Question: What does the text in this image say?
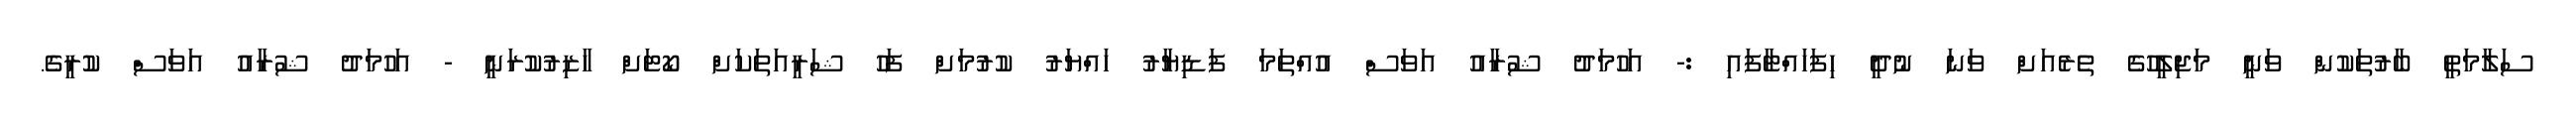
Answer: ސަލާމަތީ ބާރުތަކުން ވަނީ މަޖިލީހުގެ ތެރެއަށް ވަނަ ނުދީ ހިފަހައްޓާފައި :- އަހުމަދު ޝުރާއު އަވަސް އުއްތަމަ ފަޑިޔާރު ހައްޔަރު ކުރުމަށް ފަހު ޝަރީއަތަކަށް ކޯޓަށް ހާޒިރުކުރަނީ - އަހުމަދު ޝުރާއު އަވަސް ކުރީގެ.